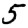
Digit: 5